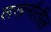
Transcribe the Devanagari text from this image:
लखनौतील